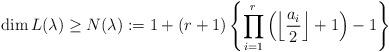
LaTeX: \begin{align*}\dim L(\lambda) \geq N(\lambda):= 1 + (r+1) \left\{ \prod_{i=1}^r \left(\left\lfloor \frac{a_i}{2} \right\rfloor +1 \right)-1 \right\}\end{align*}